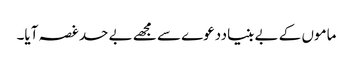
ماموں کے بے بنیاددعوے سے مجھے بے حد غصہ آیا۔